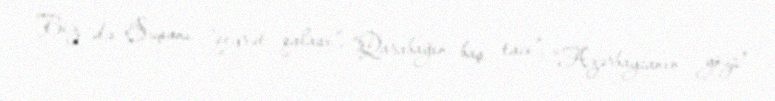
Biz də Şuşanı “qeyrət qalası”, “Qarabağın baş tacı”, “Azərbaycanın gözü”